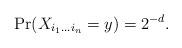
LaTeX: \begin{align*} \Pr(X_{i_1\dots i_n}=y)=2^{-d}.\end{align*}